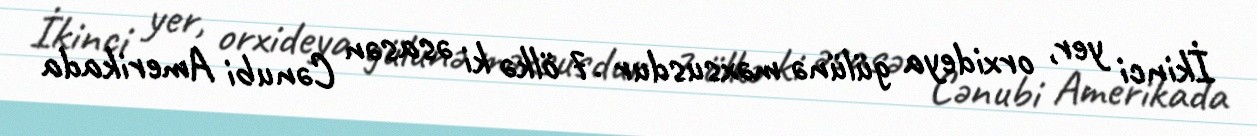
İkinci yer, orxideya gülünə məxsusdur .7 ölkə ki əsasən Cənubi Amerikada